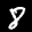
Digit: 8